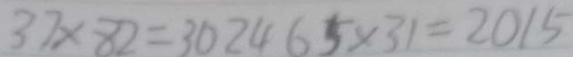
3 7 \times 8 2 = 3 0 2 4 6 5 \times 3 1 = 2 0 1 5